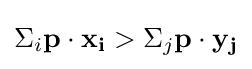
\Sigma _{i}\mathbf {p} \cdot \mathbf {x_{i}} >\Sigma _{j}\mathbf {p} \cdot \mathbf {y_{j}}